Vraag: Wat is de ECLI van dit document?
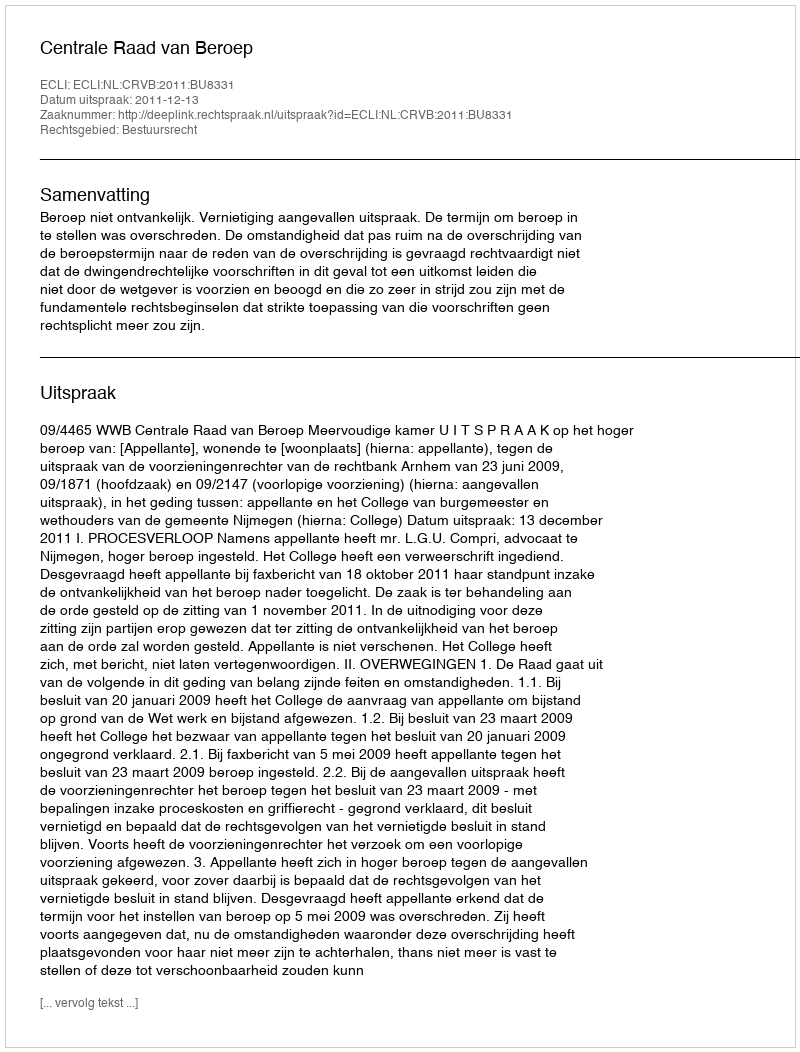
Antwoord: ECLI:NL:CRVB:2011:BU8331